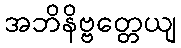
အဘိနိဗ္ဗတ္တေယျ